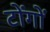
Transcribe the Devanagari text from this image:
टोंगों